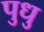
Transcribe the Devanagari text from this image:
पुधु